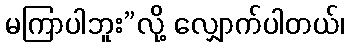
မကြာပါဘူး”လို့ လျှောက်ပါတယ်၊